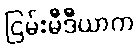
ငြမ်းမီဒီယာက